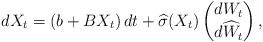
LaTeX: \begin{align*}dX_t = (b+BX_t)\,dt + \widehat\sigma(X_t)\begin{pmatrix}dW_t\\ d\widehat W_t\end{pmatrix},\end{align*}